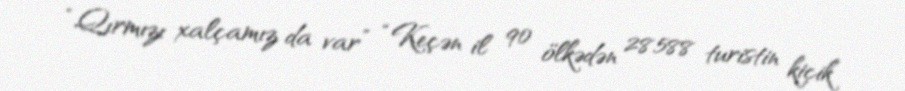
“Qırmızı xalçamız da var” “Keçən il 90 ölkədən 28.588 turistin kiçik